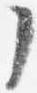
了